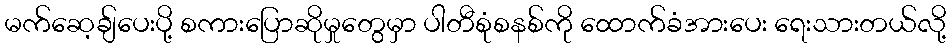
မက်ဆေ့ချ်ပေးပို့ စကားပြောဆိုမှုတွေမှာ ပါတီစုံစနစ်ကို ထောက်ခံအားပေး ရေးသားတယ်လို့